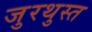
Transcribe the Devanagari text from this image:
जुरथुस्त